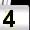
Digit: 4